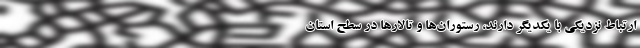
ارتباط نزدیکی با یکدیگر دارند، رستوران‌ها و تالارها در سطح استان